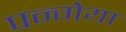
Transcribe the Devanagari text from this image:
पन्गेया